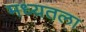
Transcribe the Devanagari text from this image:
मध्यतला